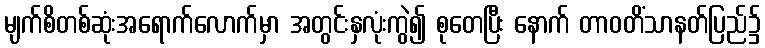
မျက်စိတစ်ဆုံးအရောက်လောက်မှာ အတွင်းနှလုံးကွဲ၍ စုတေပြီး နောက် တာဝတိံသာနတ်ပြည်၌